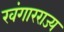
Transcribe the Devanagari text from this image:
खंगारराज्य